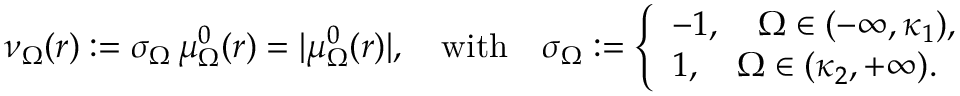
\begin{array} { r } { \nu _ { \Omega } ( r ) : = \sigma _ { \Omega } \, \mu _ { \Omega } ^ { 0 } ( r ) = | \mu _ { \Omega } ^ { 0 } ( r ) | , \quad \mathrm { w i t h } \quad \sigma _ { \Omega } : = \left\{ \begin{array} { l l } { - 1 , \quad \Omega \in ( - \infty , \kappa _ { 1 } ) , } \\ { 1 , \quad \Omega \in ( \kappa _ { 2 } , + \infty ) . } \end{array} \right. } \end{array}